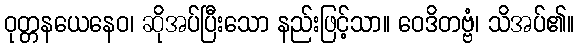
ဝုတ္တနယေနေဝ၊ ဆိုအပ်ပြီးသော နည်းဖြင့်သာ။ ဝေဒိတဗ္ဗံ၊ သိအပ်၏။